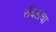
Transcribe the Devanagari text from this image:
रॉयलचा